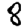
Digit: 8